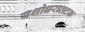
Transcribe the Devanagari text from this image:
यशोधरातटक